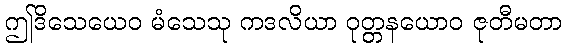
ဤဒိသေယေဝ မံသေသု ကဒလိယာ ဝုတ္တနယောဝ ဇုတီမတာ